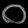
Digit: ၀